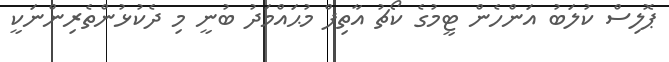
ޕޮލިސް ކުލަބު އަންހެން ޓީމުގެ ކޯޗު އާތިފް މުޙައްމަދު ބުނީ މި ދެކުޅުންތެރިންނަކީ